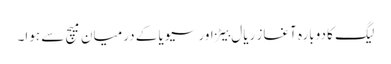
لیگ کا دوبارہ آغاز ریال بیٹز اور سیویا کے درمیان میچ سے ہوا۔